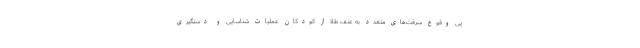
پی وقوع سرقت‌های متعدد به عنف طلا از کودکان عملیات شناسایی و دستگیری